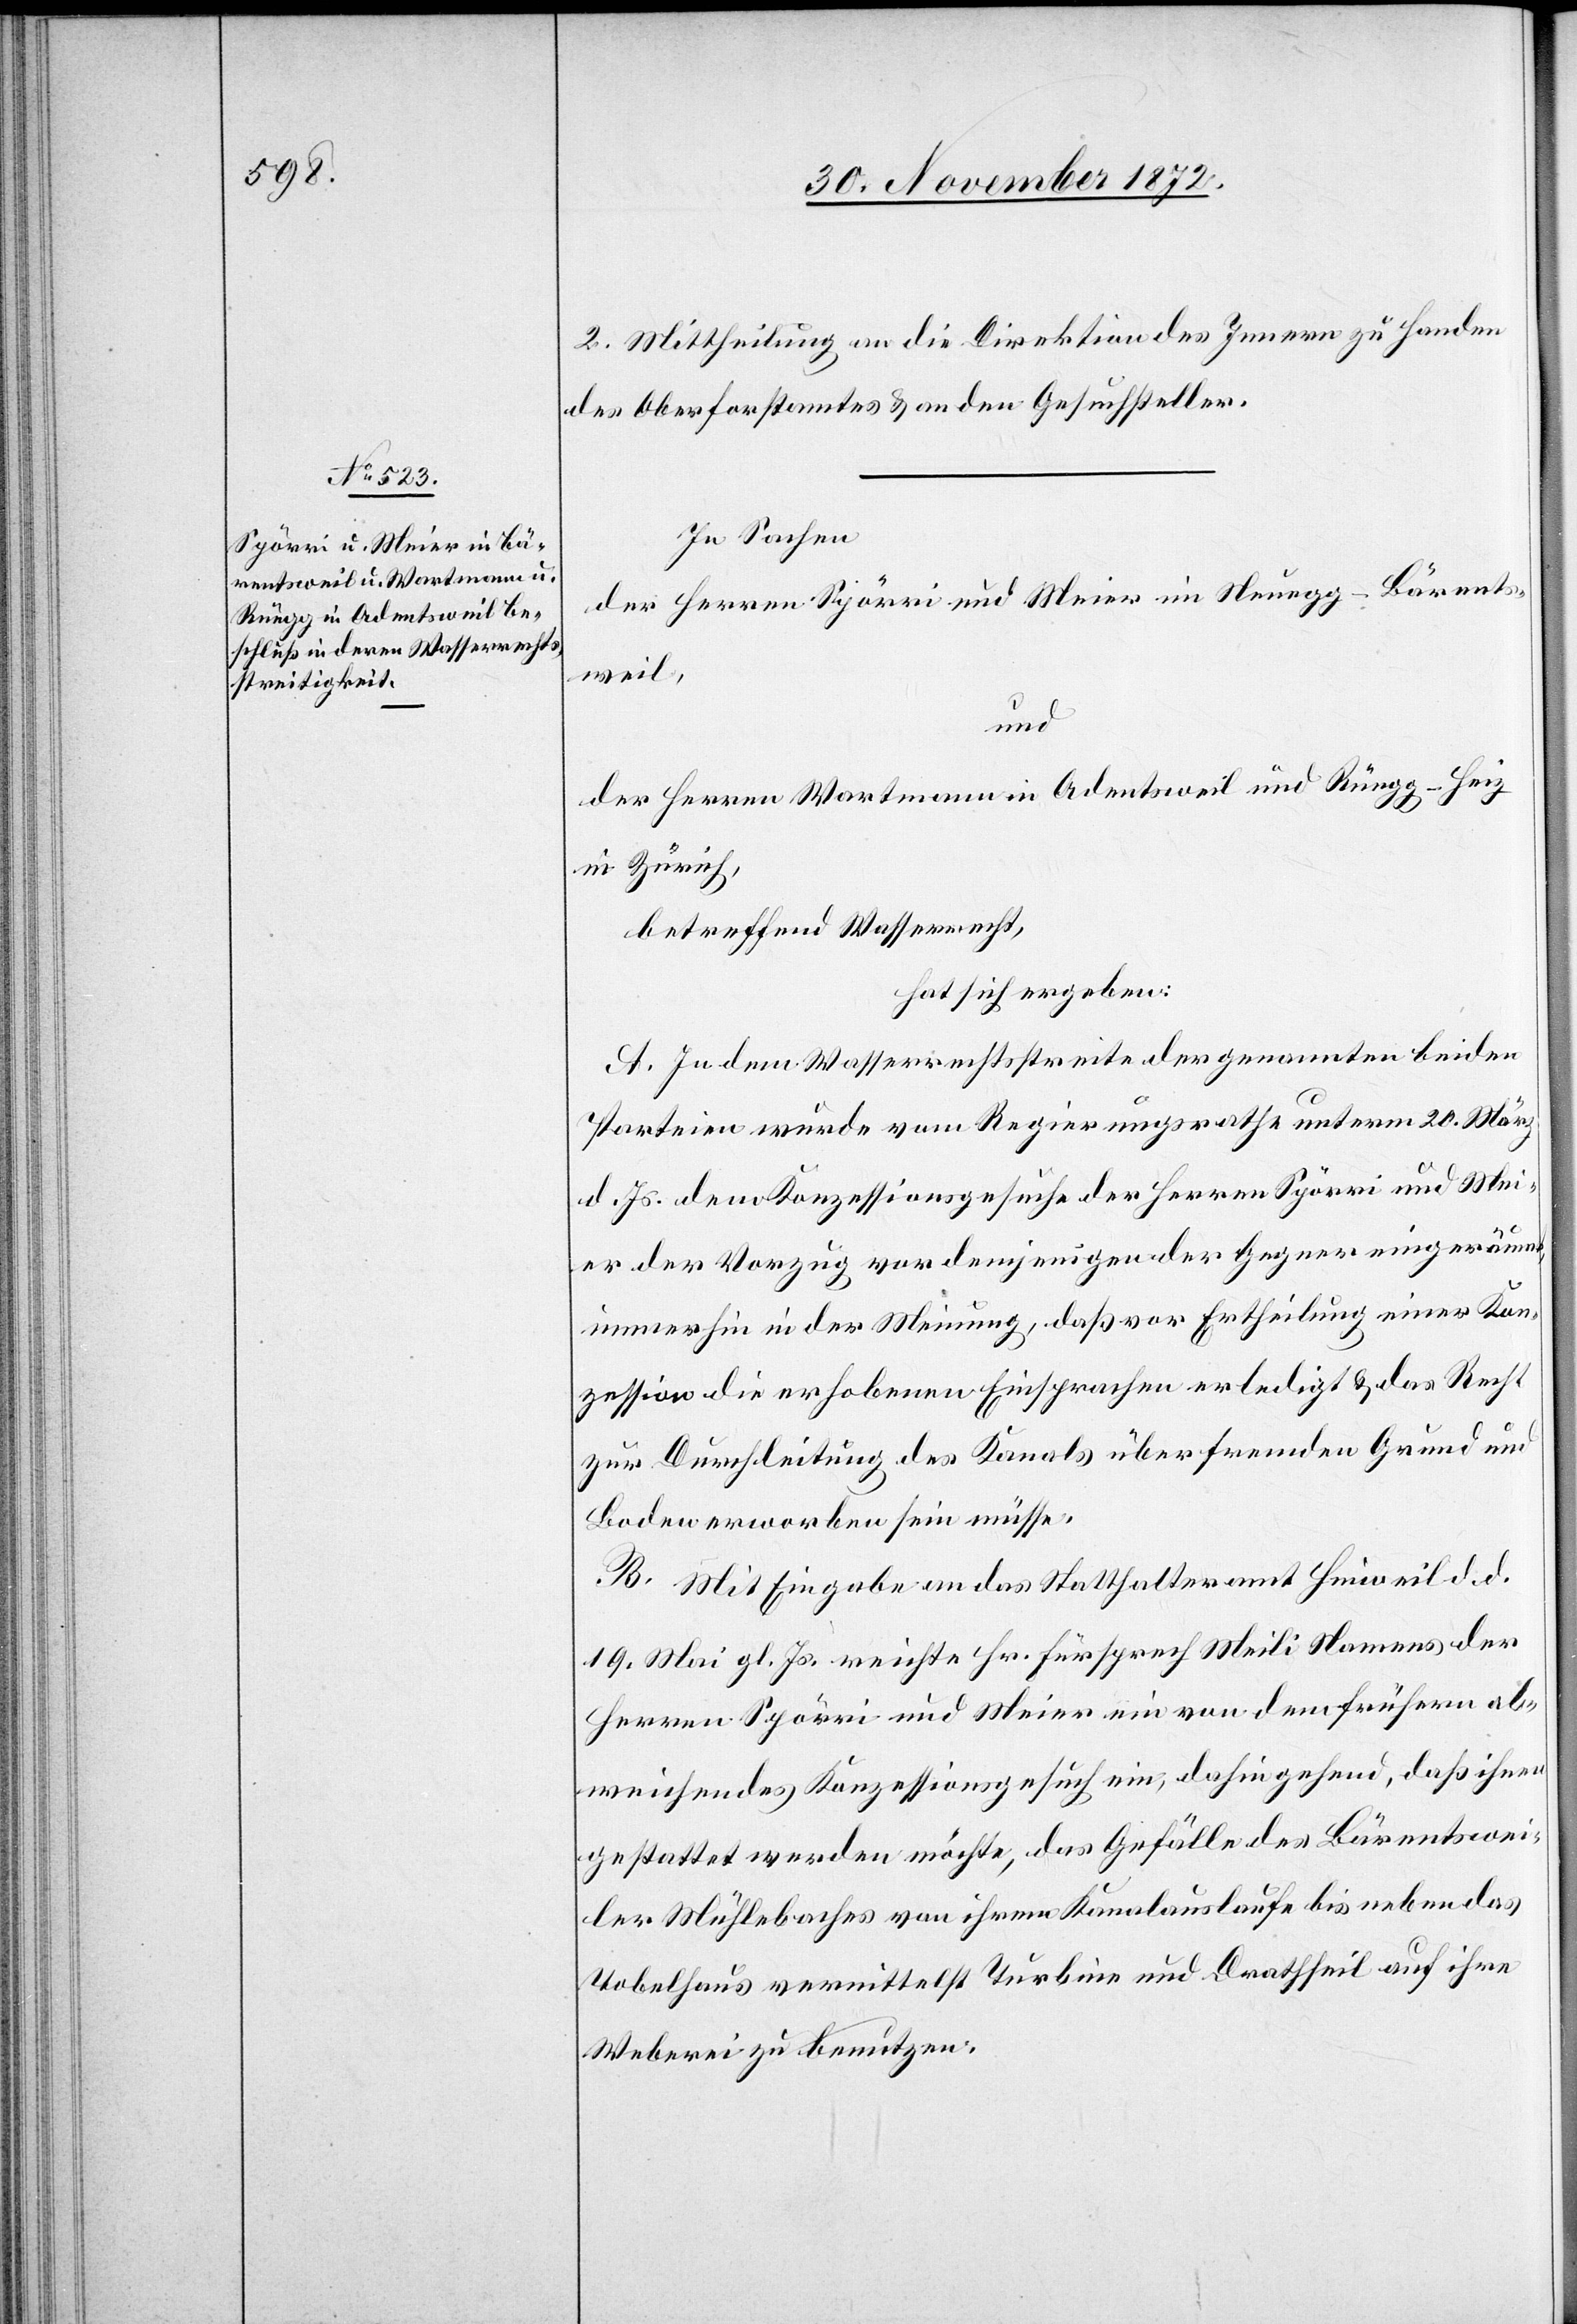
2. Mittheilung an die Direktion des Innern zu Handen
des Oberforstamtes u. an den Gesuchsteller.
In Sachen
der Herren Spörri und Meier im Neuegg-Bärent¬
sweil,
und
der Herren Wartmann in Adentsweil und Rüegg-Heiz
in Zürich,
betreffend Wasserrecht,
hat sich ergeben:
A. In dem Wasserrechtsstreite der genannten beiden
Parteien wurde vom Regierungsrathe unterm 20. März
d. Js. dem Konzessionsgesuche der Herren Spörri und Mei¬
er der Vorzug vor demjenigen der Gegner eingeräumt,
immerhin in der Meinung, daß vor Ertheilung einer Kon¬
zession die erhobenen Einsprachen erledigt u. das Recht
zur Durchleitung des Kanals über fremden Grund und
Boden erworben sein müsse.
B. Mit Eingabe an das Statthalteramt Hinweil d. d.
19. Mai gl. Js. reichte Hr. Fürsprech Meili Namens der
Herren Spörri und Meier ein von dem frühern ab¬
weichendes Konzessionsgesuch ein, dahin gehend, daß ihnen
gestattet werden möchte, das Gefälle des Bärentswei¬
ler Mühlebaches von ihrem Kanalauslaufe bis neben das
Tobelhaus vermittelst Turbine und Drathseil auf ihre
Weberei zu benutzen.